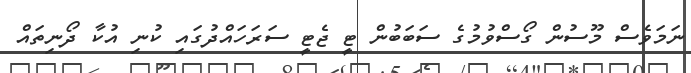
ނަމަވެސް މޫސުން ގޯސްވުމުގެ ސަބަބުން ޓީ ޖެޓީ ސަރަހައްދުގައި ކުނި އުކާ ދޯނިތައް